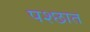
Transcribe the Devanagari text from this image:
पश्छात